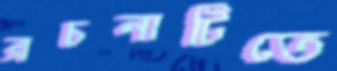
রচনাটিতে